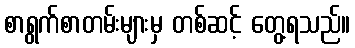
စာရွက်စာတမ်းများမှ တစ်ဆင့် တွေ့ရသည်။